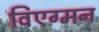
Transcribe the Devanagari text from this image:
विएग्मन